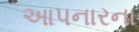
આપનારના